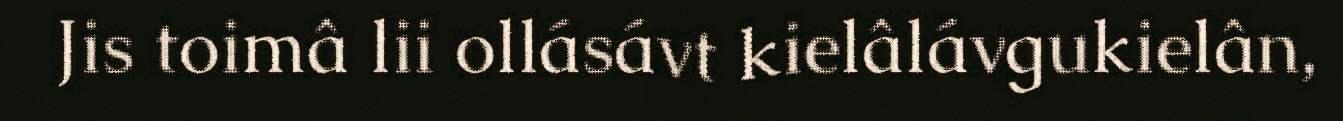
Jis toimâ lii ollásávt kielâlávgukielân,